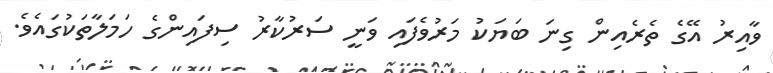
ވާއިރު އޭގެ ތެރެއިން ގިނަ ބަޔަކު މަރުވެފައި ވަނީ ސަރުކާރު ސިފައިންގެ ހަމަލާތަކުގައެވެ.